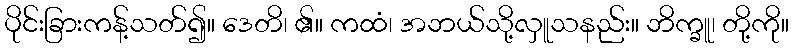
ပိုင်းခြားကန့်သတ်၍။ ဒေတိ၊ ၏။ ကထံ၊ အဘယ်သို့လှူသနည်း။ ဘိက္ခူ၊ တို့ကို။